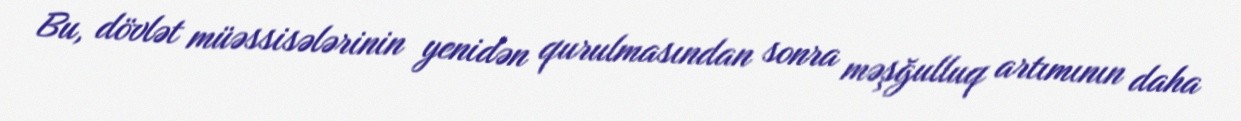
Bu, dövlət müəssisələrinin yenidən qurulmasından sonra məşğulluq artımının daha